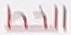
الخط